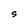
Character: S